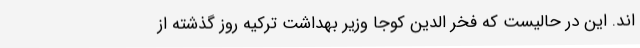
اند. این در حالیست که فخر الدین کوجا وزیر بهداشت ترکیه روز گذشته از